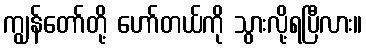
ကျွန်တော်တို့ ဟော်တယ်ကို သွားလို့ရပြီလား။